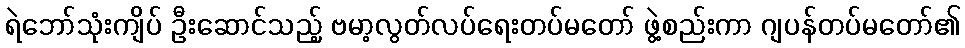
ရဲဘော်သုံးကျိပ် ဦးဆောင်သည့် ဗမာ့လွတ်လပ်ရေးတပ်မတော် ဖွဲ့စည်းကာ ဂျပန်တပ်မတော်၏